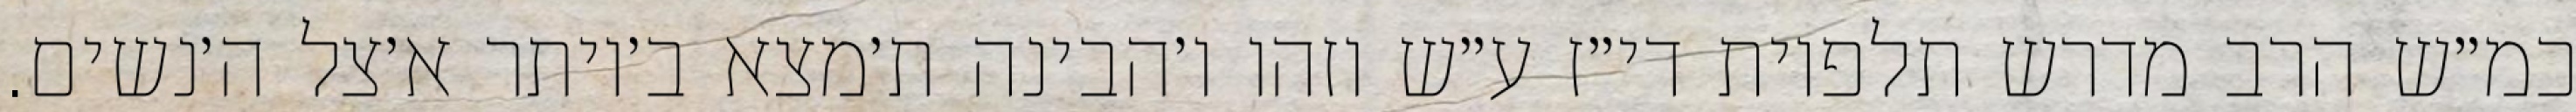
כמ״ש הרב מדרש תלפיות די״ז ע״ש וזהו ו׳הבינה ת׳מצא ב׳יותר א׳צל ה׳נשים.